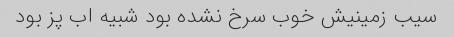
سیب زمینیش خوب سرخ نشده بود شبیه اب پز بود